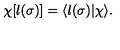
\chi [ l ( \sigma ) ] = \langle l ( \sigma ) | \chi \rangle .